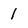
Character: 1